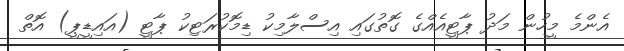
އެންމެ މީހުން މަދު ޕާޓީއެއްގެ ގޮތުގައި އިސްލާމިކު ޑިމޮކުރަޓިކު ޕާޓީ (އައިޑީޕީ) އޮތް